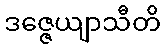
ဒဇ္ဇေယျာသီတိ